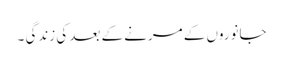
جانوروں کے مرنے کے بعد کی زندگی ۔